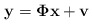
\begin{align*} \mathbf{y} = \mathbf{\Phi x} + \mathbf{v}\end{align*}